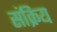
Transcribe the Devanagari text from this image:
संक्रिय